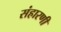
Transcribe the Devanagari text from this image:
संहारणी